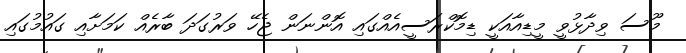
މޫސަ ވިދާޅުވީ މީޑިއާއަކީ ޑިމޮކްރަސީއެއްގައި އޮންނަން ޖެހޭ ވަރުގަދަ ބާރެއް ކަމަށާއި ގައުމުގައި